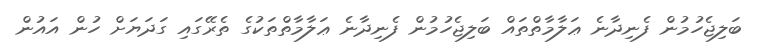
ބަލިޖެހުމުން ފެނިދާނެ ޢަލާމާތްތައް ބަލިޖެހުމުން ފެނިދާނެ ޢަލާމާތްތަކުގެ ތެރޭގައި ގަދަޔަށް ހުން އައުން